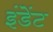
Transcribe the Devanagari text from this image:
इंडेंट